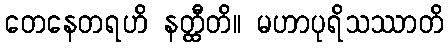
တေနေတရဟိ နတ္ထီတိ။ မဟာပုရိသဿာတိ